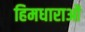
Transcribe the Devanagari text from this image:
हिमधाराओं